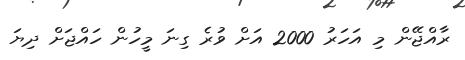
ރާއްޖޭން މި އަހަރު 2000 އަށް ވުރެ ގިނަ މީހުން ހައްޖަށް ދިޔަ